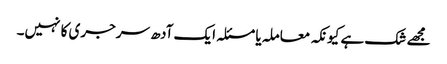
مجھے شک ہے کیونکہ معاملہ یا مسئلہ ایک آدھ سرجری کا نہیں۔